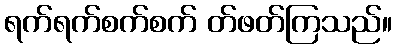
ရက်ရက်စက်စက် တ်ဖတ်ကြသည်။